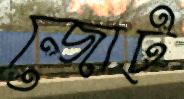
জোট্‌